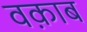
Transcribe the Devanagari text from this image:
वक़ाब